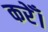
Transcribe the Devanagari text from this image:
करेँ।